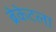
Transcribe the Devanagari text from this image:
ब्रेकेटला